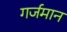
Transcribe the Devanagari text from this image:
गर्जमान